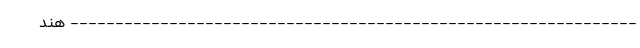
--------------------------------------------------------------- هند